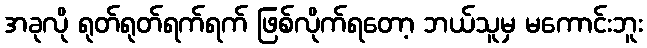
အခုလို ရုတ်ရုတ်ရက်ရက် ဖြစ်လိုက်ရတော့ ဘယ်သူမှ မကောင်းဘူး